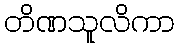
တိဏသူလိကာ